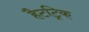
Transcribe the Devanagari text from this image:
हैटट्रिक